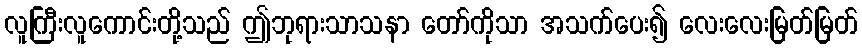
လူကြီးလူကောင်းတို့သည် ဤဘုရားသာသနာ တော်ကိုသာ အသက်ပေး၍ လေးလေးမြတ်မြတ်